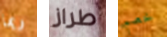
ربما طراز خصم